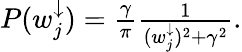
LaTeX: \begin{array}{r}{P(w_{j}^{\downarrow})=\frac{\gamma}{\pi}\frac{1}{(w_{j}^{\downarrow})^{2}+\gamma^{2}}.}\end{array}